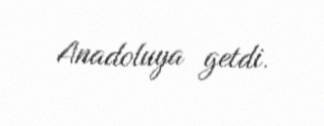
Anadoluya getdi.